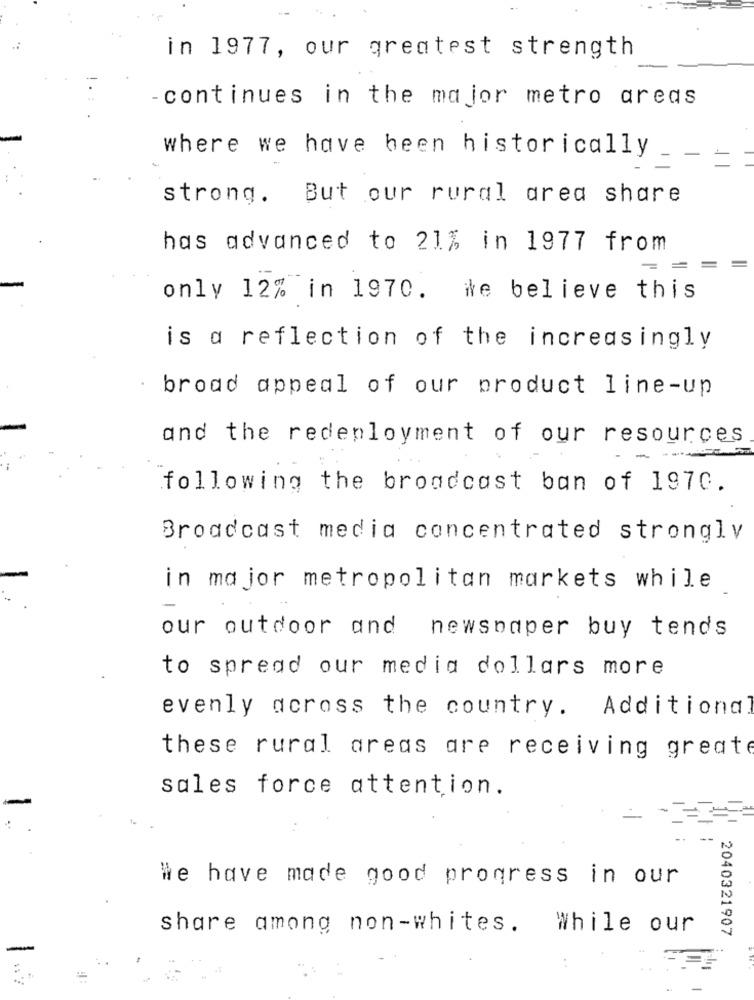
in 1977, our greatest strength
continues in the major metro areas
where we have been historically
strong. But our rural area share
has advanced to 21% in 1977 from
only 12% in 1970. we believe this
is a reflection of the increasingly
broad appeal of our product line-up
and the redeployment of our resources
following the broadcast ban of 1970.
Broadcast media concentrated strongly
in major metropolitan markets while
our outdoor and newspaper buy tends
to spread our media dollars more
evenly across the country. Additional
these rural areas are receiving greate
sales force attention.
We have made good progress in our
share among non-whites. While our
2040321907
: